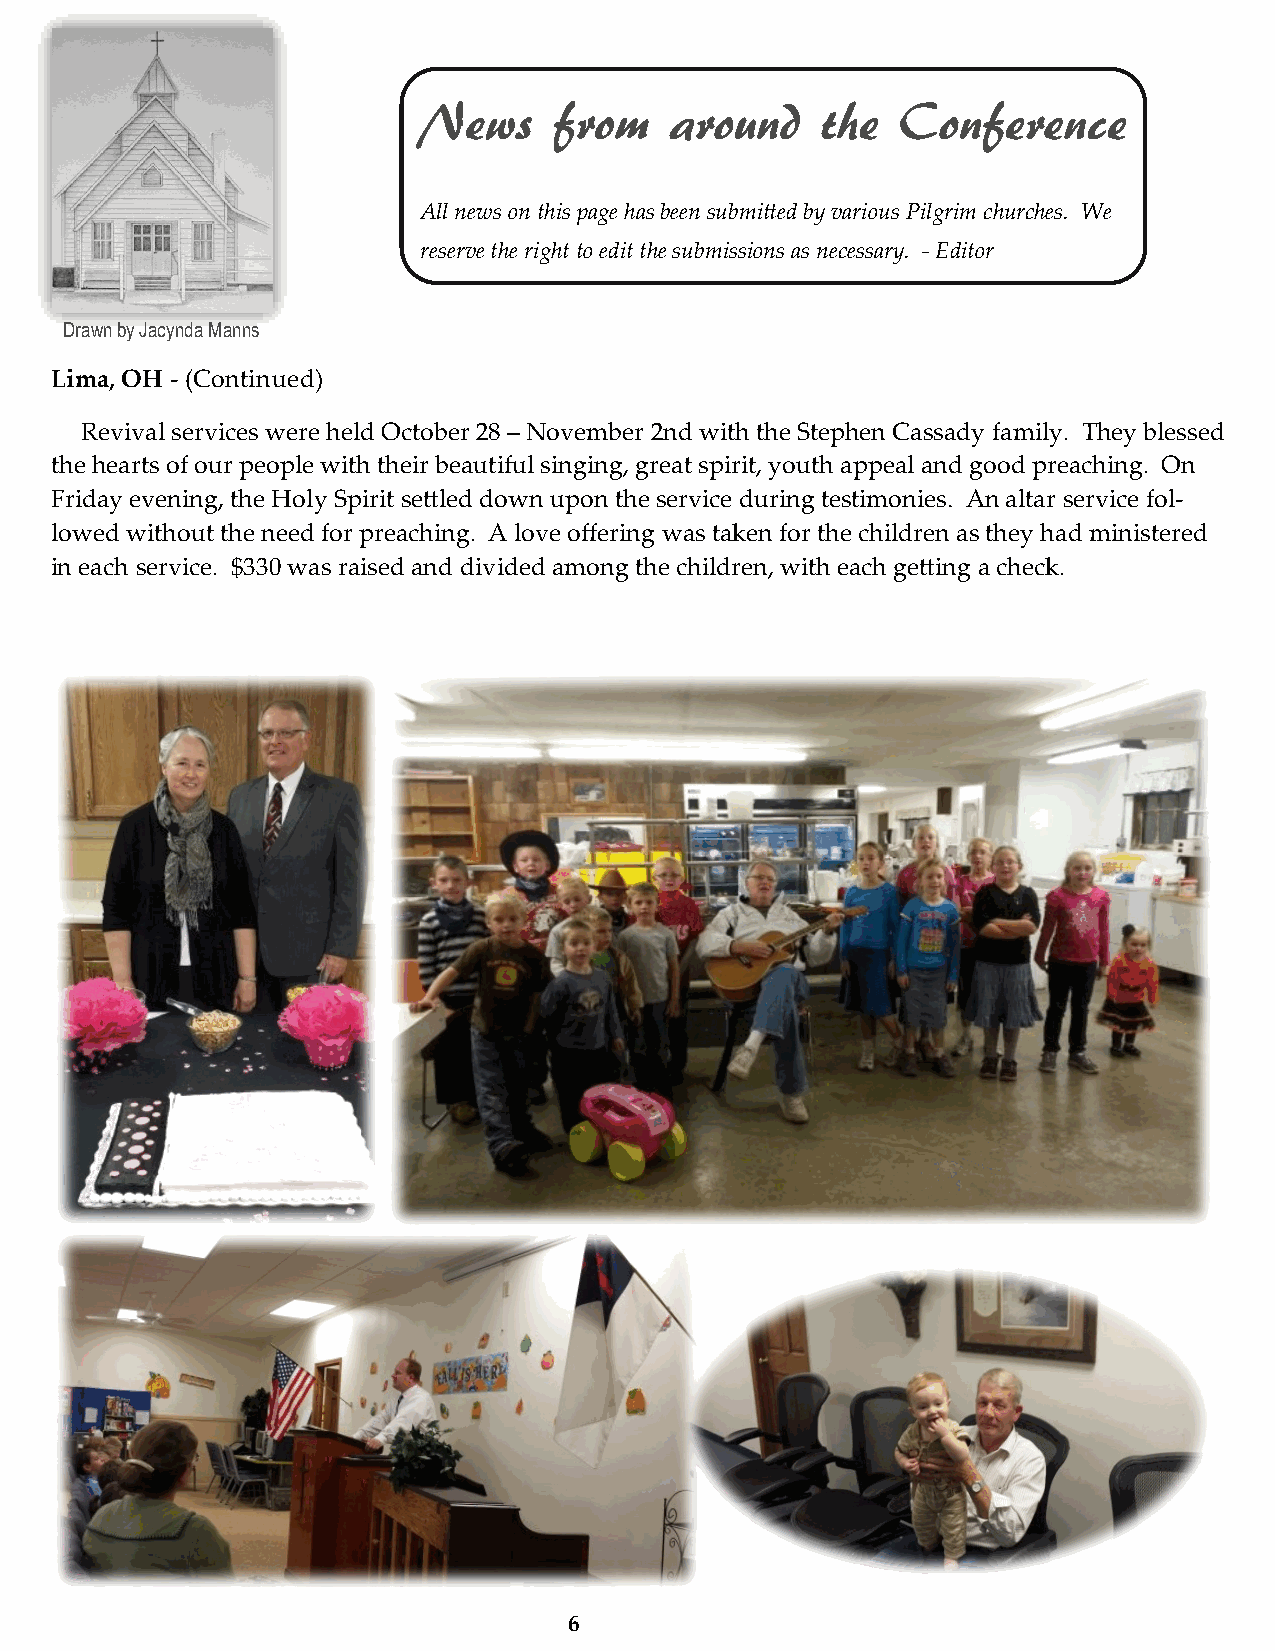
News     from   around    the   Conference
 All news on this page has been submitted by various Pilgrim churches. We
 reserve the right to edit the submissions as necessary. - Editor
 Drawn by Jacynda Manns
 Lima, OH - (Continued)
 Revival services were held October 28 – November 2nd with the Stephen Cassady family. They blessed
 the hearts of our people with their beautiful singing, great spirit, youth appeal and good preaching. On
 Friday evening, the Holy Spirit settled down upon the service during testimonies. An altar service fol-
 lowed without the need for preaching. A love offering was taken for the children as they had ministered
 in each service. $330 was raised and divided among the children, with each getting a check.
 6